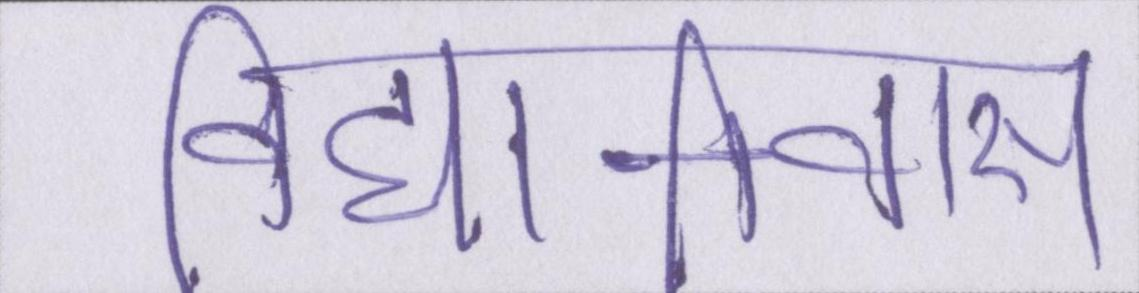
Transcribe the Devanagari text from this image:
विद्यानिवास